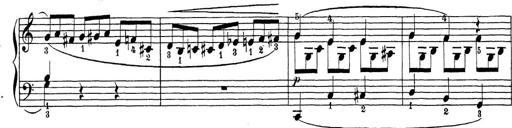
Title: Sonatina Album
Composer: Louis KÃ¶hler